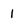
Character: 1